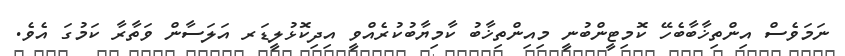
ނަމަވެސް އިންތިޚާބާބެހޭ ކޮމިޓީންބުނީ މިއިންތިޚާބު ކާމިޔާބުކުރެއްވީ އިދިކޮޅުލީޑަރ އަލަސާން ވަތާރާ ކަމުގަ އެވެ.